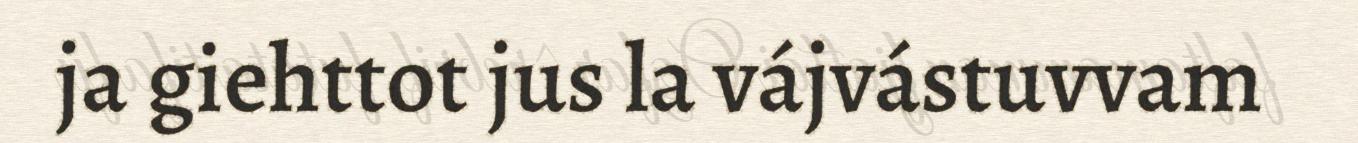
ja giehttot jus la vájvástuvvam